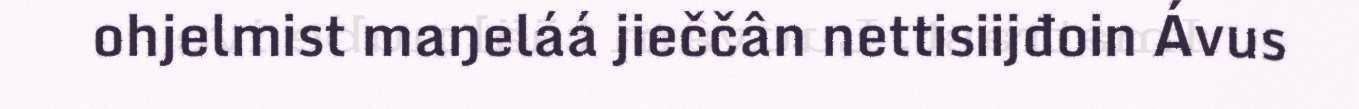
ohjelmist maŋeláá jieččân nettisiijđoin Ávus